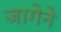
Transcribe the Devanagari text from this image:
जागेने